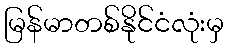
မြန်မာတစ်နိုင်ငံလုံးမှ